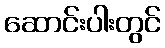
ဆောင်းပါးတွင်